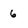
Character: 6